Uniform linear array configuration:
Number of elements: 8
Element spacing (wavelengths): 0.25
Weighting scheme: blackman
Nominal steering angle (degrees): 15
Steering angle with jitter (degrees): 14.409
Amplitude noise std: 0.05
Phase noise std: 0.05

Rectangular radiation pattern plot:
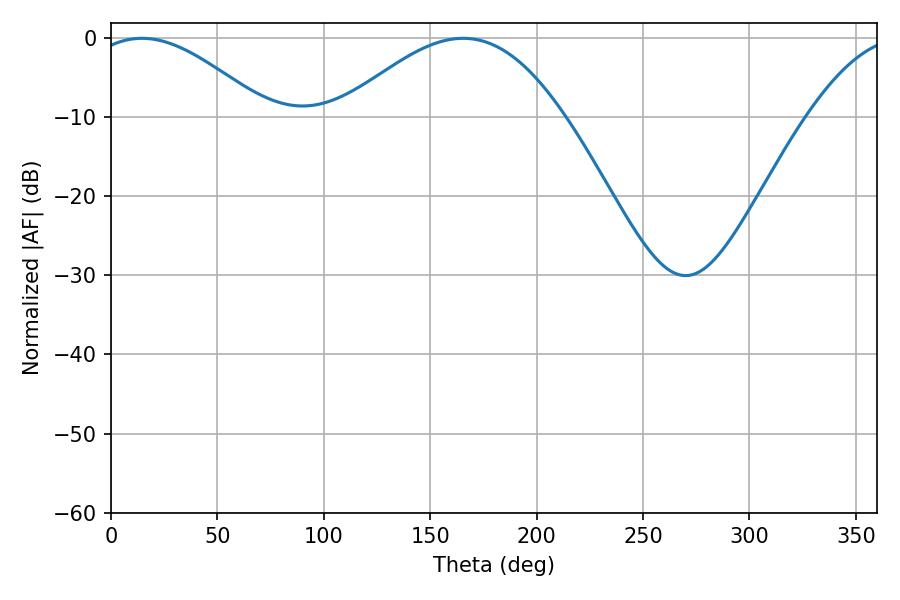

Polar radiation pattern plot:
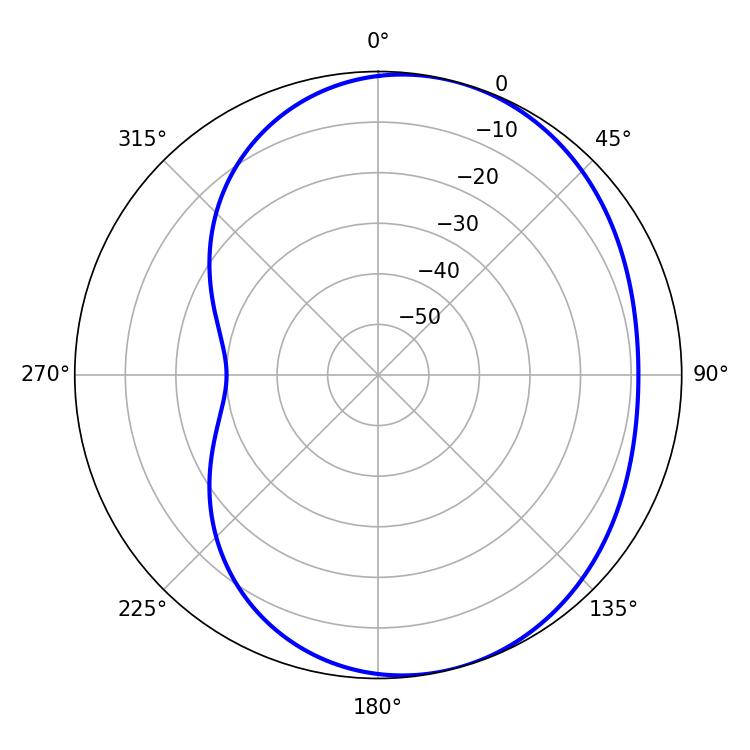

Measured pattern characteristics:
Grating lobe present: FALSE
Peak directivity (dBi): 4.743
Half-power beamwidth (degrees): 45
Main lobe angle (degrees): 14.58